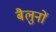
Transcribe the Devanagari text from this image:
बैलुनों